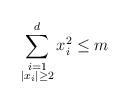
LaTeX: \begin{align*} \sum_{\substack{i=1\\ |x_i|\ge2}}^dx_i^2\le m \end{align*}